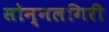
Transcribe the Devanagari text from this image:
सोन्नलगिरी